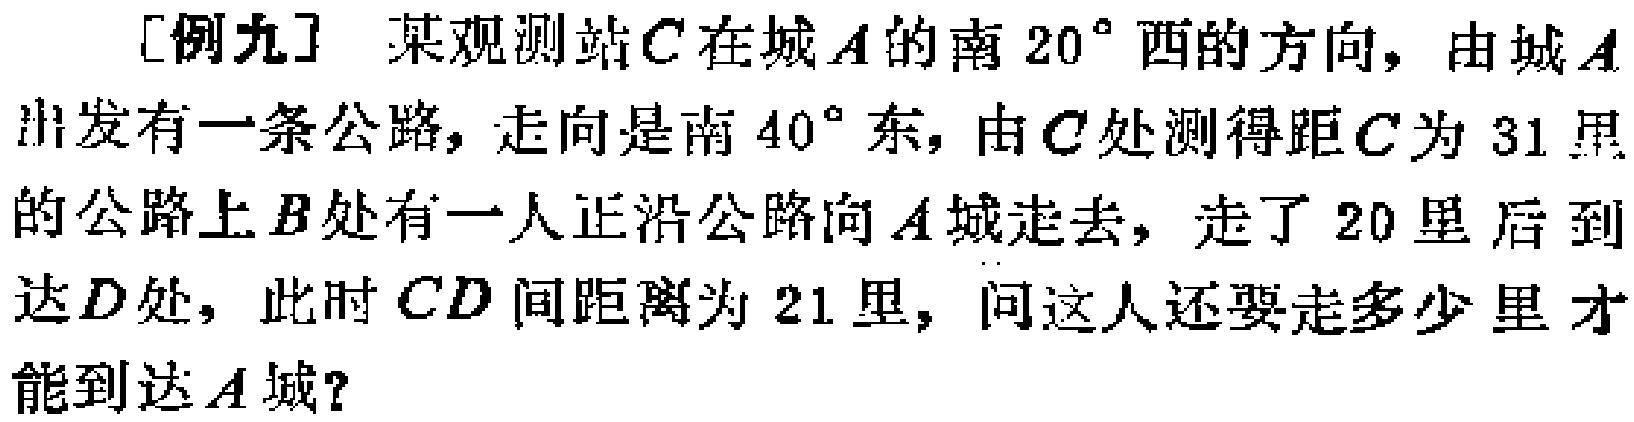
[例九] 某观测站\(C\)在城\(A\)的南\(20^{\circ}\)西的方向，由城\(A\)出发有一条公路，走向是南\(40^{\circ}\)东，由\(C\)处测得距\(C\)为\(31\)里的公路上\(B\)处有一人正沿公路向\(A\)城走去，走了\(20\)里后到达\(D\)处，此时\(CD\)间距离为\(21\)里，问这人还要走多少里才能到达\(A\)城？